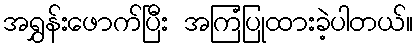
အရွှန်းဖောက်ပြီး အကြံပြုထားခဲ့ပါတယ်။